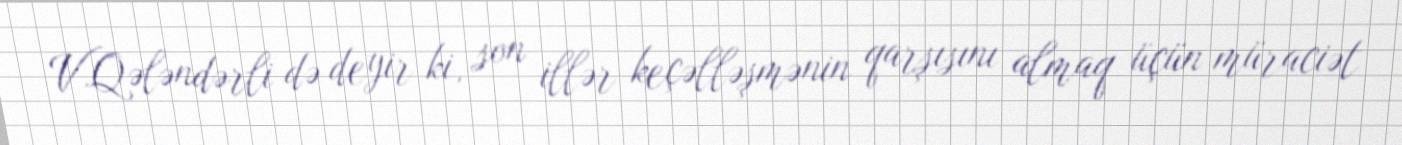
V.Qələndərli də deyir ki, son illər keçəlləşmənin qarşısını almaq üçün müraciət